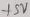
Text: +5V